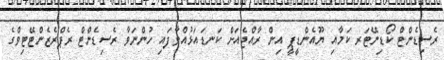
ރެސިޑެންޓް ކޯޑިނޭޓަރ ކަމާއި ޔޫއެންޑީޕީ އިން ރާއްޖެއަށް ކަނޑައަޅުއްވާފައި ހުންނަވާ ރެސިޑެންޓް ރެޕްރެޒެންޓޭޓިވްގެ